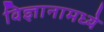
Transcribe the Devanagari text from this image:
विज्ञानामध्ये